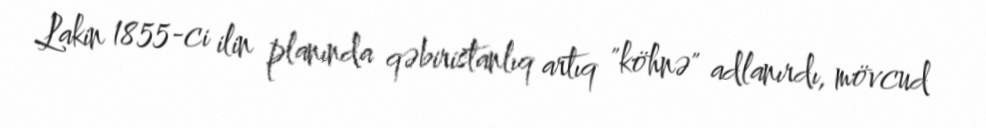
Lakin 1855-ci ilin planında qəbiristanlıq artıq "köhnə" adlanırdı, mövcud